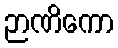
ဉာဏိကော